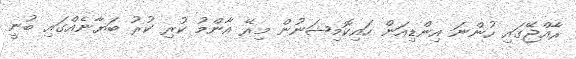
ރާއްޖޭގައި ހުންނަ އިންޑިއަން ހައިކޮމިޝަނުން މިރޭ އާންމު ކުރި ކުރު ބަޔާނެއްގައި ބުނީ